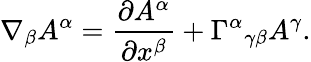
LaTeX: \nabla_{\beta}A^{\alpha}={\frac{\partial A^{\alpha}}{\partial x^{\beta}}}+\Gamma^{\alpha}{}_{\gamma\beta}A^{\gamma}.